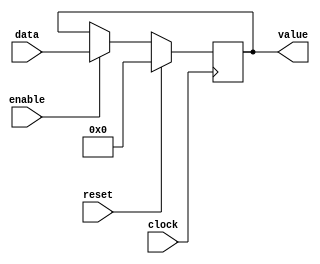
`timescale 1ns / 1ps

//Basically its something to delay the PC between instructions
module PC_Latch (
    input clock,
    input reset,
    input enable,
    input [31:0] data,
    output reg [31:0] value
);

    initial begin
        value = 32'd0;
    end

    //Transfers the data from the input to the output for at least 1 clock cycle
    always @ (posedge clock) begin
        value <= (reset) ? 32'd0 : ((enable) ? data : value);
    end

endmodule // PC_Latch